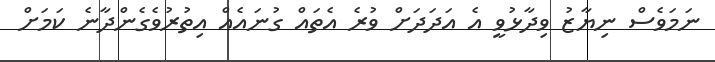
ނަމަވެސް ނިޔާޒު ވިދާޅުވީ އެ އަދަދަށް ވުރެ އެތައް ގުނައެއް އިތުރުވެގެންދާނެ ކަމަށް